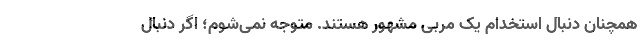
همچنان دنبال استخدام یک مربی مشهور هستند. متوجه نمی‌شوم؛ اگر دنبال